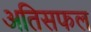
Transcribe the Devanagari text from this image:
अतिसफल